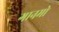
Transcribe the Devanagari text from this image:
गानमो